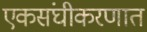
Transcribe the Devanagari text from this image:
एकसंघीकरणात